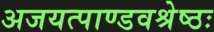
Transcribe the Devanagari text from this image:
अजयत्पाण्डवश्रेष्ठः